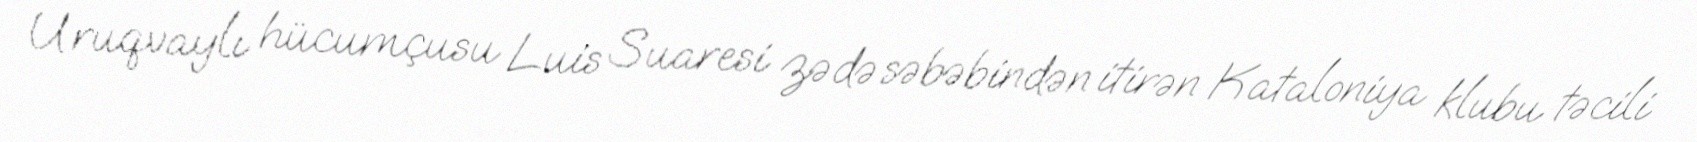
Uruqvaylı hücumçusu Luis Suaresi zədə səbəbindən itirən Kataloniya klubu təcili